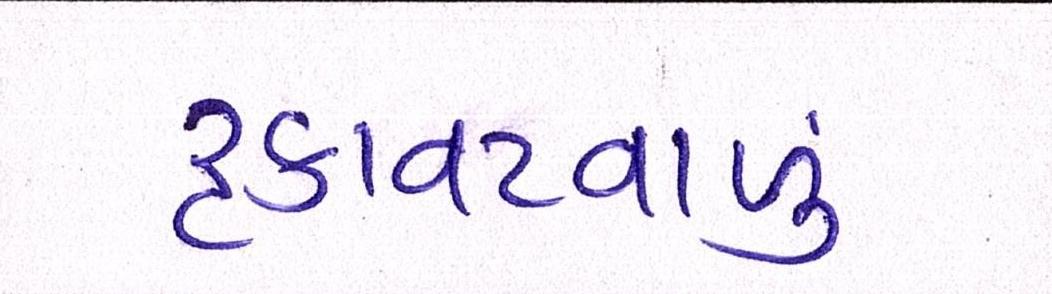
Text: રૃકાવટવાળું